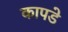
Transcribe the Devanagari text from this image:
कापडे